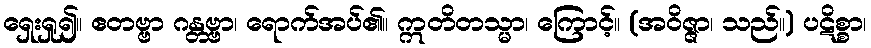
ရှေးရှု၍။ ဧတဗ္ဗာ ဂန္တဗ္ဗာ၊ ရောက်အပ်၏။ ဣတိတသ္မာ၊ ကြောင့်။ (အဝိဇ္ဇာ၊ သည်။) ပဋိစ္စာ၊